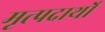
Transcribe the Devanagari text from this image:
मृत्पदार्थो